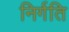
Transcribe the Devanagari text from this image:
निर्गति